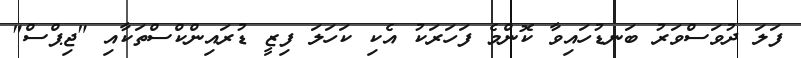
ފަލަ ދުވަސްވަރު ބަނޑުހައިވާ ކޮންމެ ފަހަރަކު އެކި ކަހަލަ ފިޒީ ޑުރައިންކްސްތަކާއި "ޖިޕްސް"